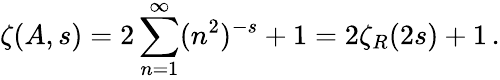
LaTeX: \zeta(A,s)=2\sum_{n=1}^{\infty}(n^{2})^{-s}+1=2\zeta_{R}(2s)+1\, .